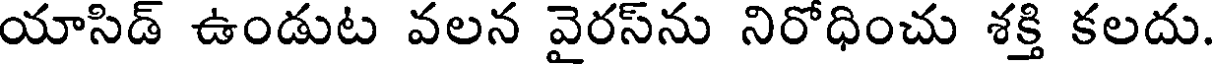
యాసిడ్ ఉండుట వలన వైరస్ను నిరోధించు శక్తి కలదు.